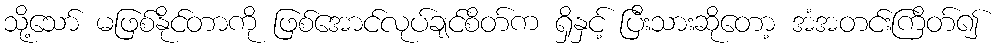
သို့သော် မဖြစ်နိုင်တာကို ဖြစ်အောင်လုပ်ချင်စိတ်က ရှိနှင့် ပြီးသားဆိုတော့ အံအတင်းကြိတ်၍